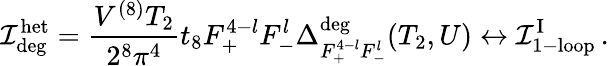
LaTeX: {\cal I}_{\mathrm{deg}}^{\mathrm{het}}=\frac{V^{(8)}T_{2}}{2^{8}\pi^{4}}t_{8}F_{+}^{4-l}F_{-}^{l}\Delta_{F_{+}^{4-l}F_{-}^{l}}^{\mathrm{deg}}(T_{2},U)\leftrightarrow{\cal I}_{\mathrm{1-loop}}^{\mathrm{I}}\, .